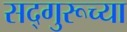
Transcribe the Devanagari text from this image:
सद्गुरूच्या